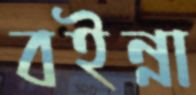
বইন্না